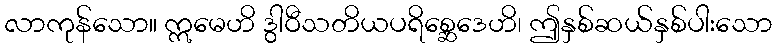
လာကုန်သော။ ဣမေဟိ ဒွါဝီသတိယပရိစ္ဆေဒေဟိ၊ ဤနှစ်ဆယ်နှစ်ပါးသော